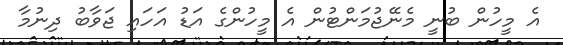
އެ މީހުން ބުނީ މެނޭޖުމަންޓުން އެ މީހުންގެ އަޑު އަހައި ޖަވާބު ދިނުމާ